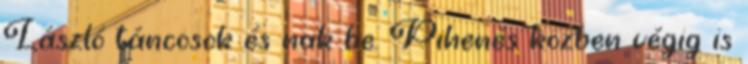
László táncosok és nak be. Pihenés közben végig is